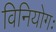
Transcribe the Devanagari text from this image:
विनियोगः